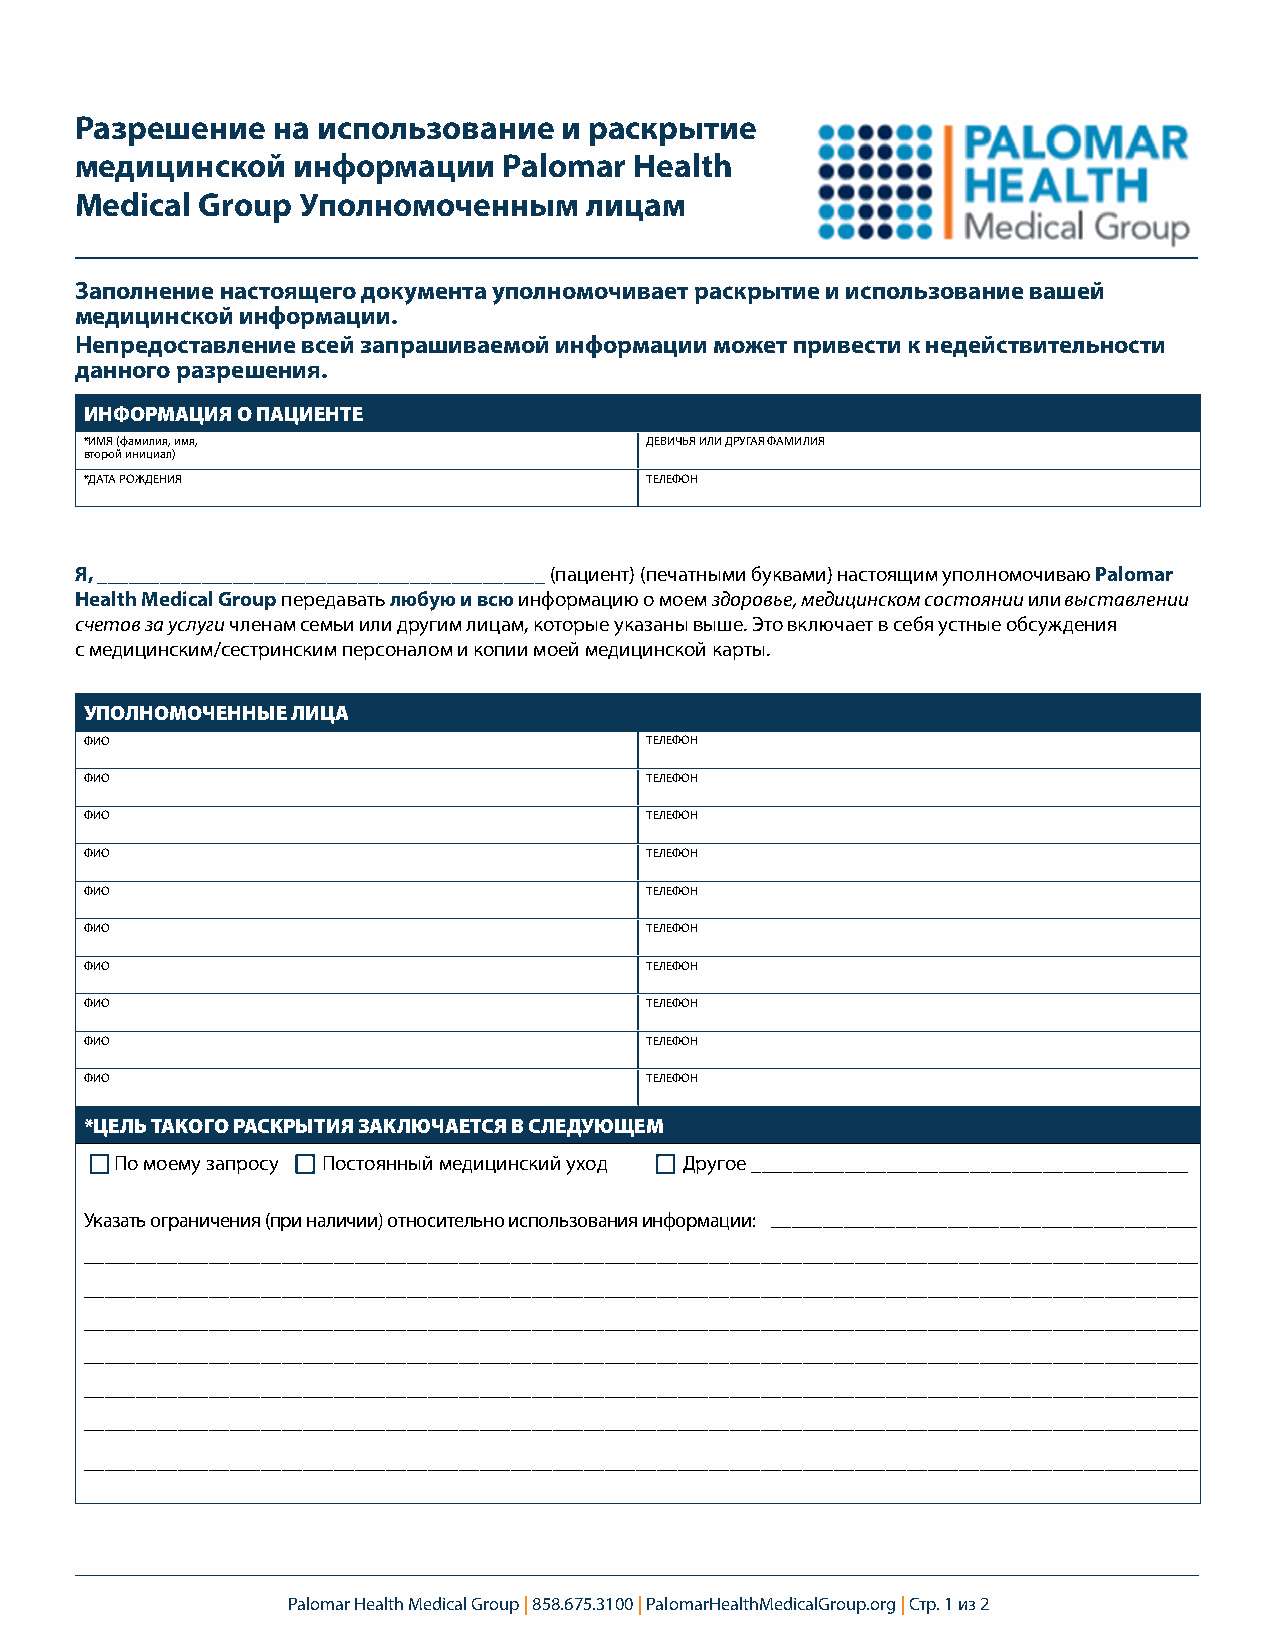
Разрешение   на использование   и раскрытие
 медицинской   информации    Palomar  Health
 Medical Group  Уполномоченным     лицам
 Заполнение настоящего документа уполномочивает раскрытие и использование вашей
 медицинской информации.
 Непредоставление всей запрашиваемой информации может привести к недействительности
 данного разрешения.
 ИНФОРМАЦИЯ О ПАЦИЕНТЕ
 *ИМЯ (фамилия, имя,                  ДЕВИЧЬЯ ИЛИ ДРУГАЯ ФАМИЛИЯ
 второй инициал)
 *ДАТА РОЖДЕНИЯ                       ТЕЛЕФОН
 Я, ___________________________________________ (пациент) (печатными буквами) настоящим уполномочиваю Palomar
 Health Medical Group передавать любую и всю информацию о моем здоровье, медицинском состоянии или выставлении
 счетов за услуги членам семьи или другим лицам, которые указаны выше. Это включает в себя устные обсуждения
 с медицинским/сестринским персоналом и копии моей медицинской карты.
 УПОЛНОМОЧЕННЫЕ ЛИЦА
 ФИО                                  ТЕЛЕФОН
 ФИО                                  ТЕЛЕФОН
 ФИО                                  ТЕЛЕФОН
 ФИО                                  ТЕЛЕФОН
 ФИО                                  ТЕЛЕФОН
 ФИО                                  ТЕЛЕФОН
 ФИО                                  ТЕЛЕФОН
 ФИО                                  ТЕЛЕФОН
 ФИО                                  ТЕЛЕФОН
 ФИО                                  ТЕЛЕФОН
 *ЦЕЛЬ ТАКОГО РАСКРЫТИЯ ЗАКЛЮЧАЕТСЯ В СЛЕДУЮЩЕМ
 По моему запросу Постоянный медицинский уход Другое __________________________________________
 Указать ограничения (при наличии) относительно использования информации: _________________________________________
 ___________________________________________________________________________________________________________
 ___________________________________________________________________________________________________________
 ___________________________________________________________________________________________________________
 ___________________________________________________________________________________________________________
 ___________________________________________________________________________________________________________
 ___________________________________________________________________________________________________________
 ___________________________________________________________________________________________________________
 Palomar Health Medical Group | 858.675.3100 | PalomarHealthMedicalGroup.org | Стр. 1 из 2